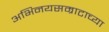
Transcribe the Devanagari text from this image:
अभिनयसम्राटाच्या